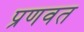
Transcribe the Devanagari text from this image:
प्रणवत